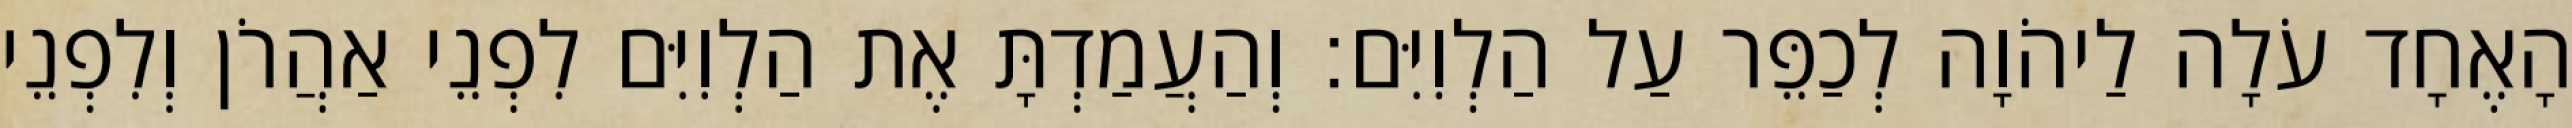
הָאֶחָד עֹלָה לַיהֹוָה לְכַפֵּר עַל הַלְוִיִּם׃ וְהַעֲמַדְתָּ אֶת הַלְוִיִּם לִפְנֵי אַהֲרֹן וְלִפְנֵי